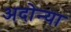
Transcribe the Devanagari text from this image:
अदोन्या